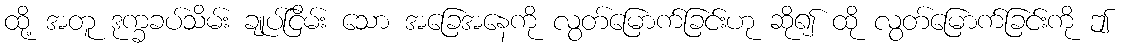
ထို့ အတူ ဒုက္ခခပ်သိမ်း ချုပ်ငြိမ်း သော အခြေအနေကို လွတ်မြောက်ခြင်းဟု ဆို၍ ထို လွတ်မြောက်ခြင်းကို ဤ